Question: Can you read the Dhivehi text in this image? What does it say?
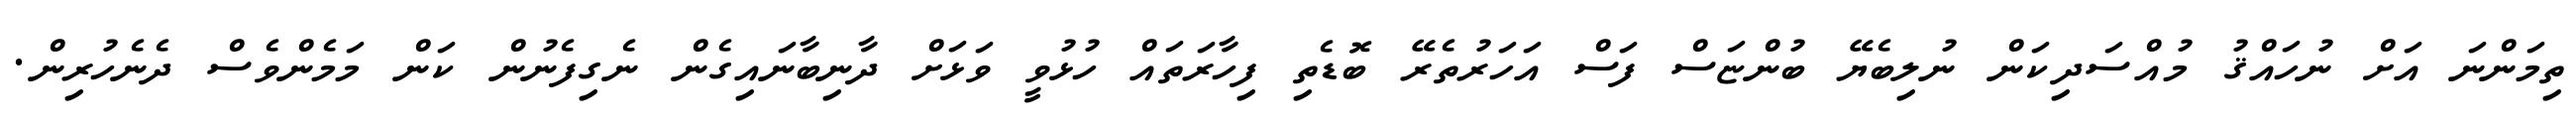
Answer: ތިމަންނަ އަށް ނުހައްޤު މުއްސަދިކަން ނުލިބެޔޭ ބުންޏަސް ފަސް އަހަރުތެރޭ ބޮޑެތި ފިހާރަތައް ހުޅުވީ ވަޅަށް ދާނިބާނައިގެން ނެގިފެނުން ކަން މަމެންވެސް ދެނެހުރިން.